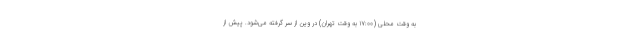
به ‌وقت محلی (۱۷:۰۰ به وقت تهران) در وین از سر گرفته می‌شود. پیش از